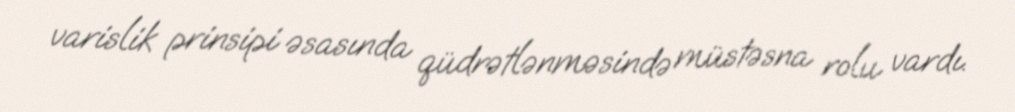
varislik prinsipi əsasında qüdrətlənməsində müstəsna rolu vardı.